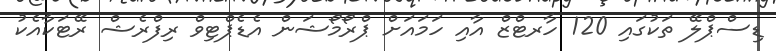
ޑިސްޕްލޭ ތަކުގައި 120 ހާރޓްޒް އާއި ހަމައަށް ޕްރޯމޯޝަން އެޑެޕްޓިވް ރިފްރެޝް ރޭޓަކާއެކު